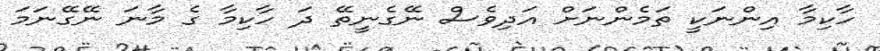
ހާކިމާ އިންނަކީ ތަމެންނަށް އަދިވެސް ނޭގެނީތޭ ދަ ހާކިމާ ގެ މާނަ ނޭގޭނަމަ